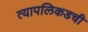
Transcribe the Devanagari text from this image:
त्यापलिकडची